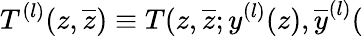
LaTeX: T^{(l)}(z,\overline{{{z}}})\equiv T(z,\overline{{{z}}};y^{(l)}(z),\overline{{{y}}}^{(l)}(